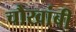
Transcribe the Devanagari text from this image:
चौखांबी